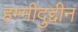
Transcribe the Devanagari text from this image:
हम्मीदुद्दीन